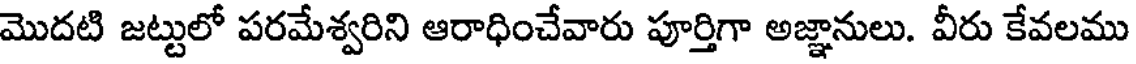
మొదటి జట్టులో పరమేశ్వరిని ఆరాధించేవారు పూర్తిగా అజ్ఞానులు. వీరు కేవలము